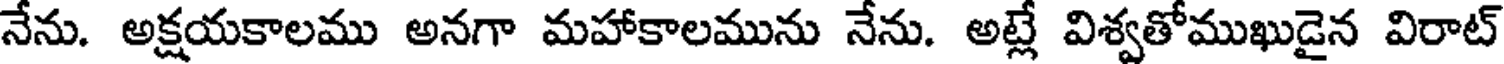
నేను. అక్షయకాలము అనగా మహాకాలమును నేను. అట్లే విశ్వతోముఖుడైన విరాట్